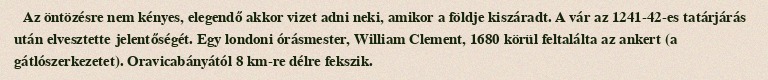
Az öntözésre nem kényes, elegendő akkor vizet adni neki, amikor a földje kiszáradt. A vár az 1241-42-es tatárjárás után elvesztette jelentőségét. Egy londoni órásmester, William Clement, 1680 körül feltalálta az ankert (a gátlószerkezetet). Oravicabányától 8 km-re délre fekszik.